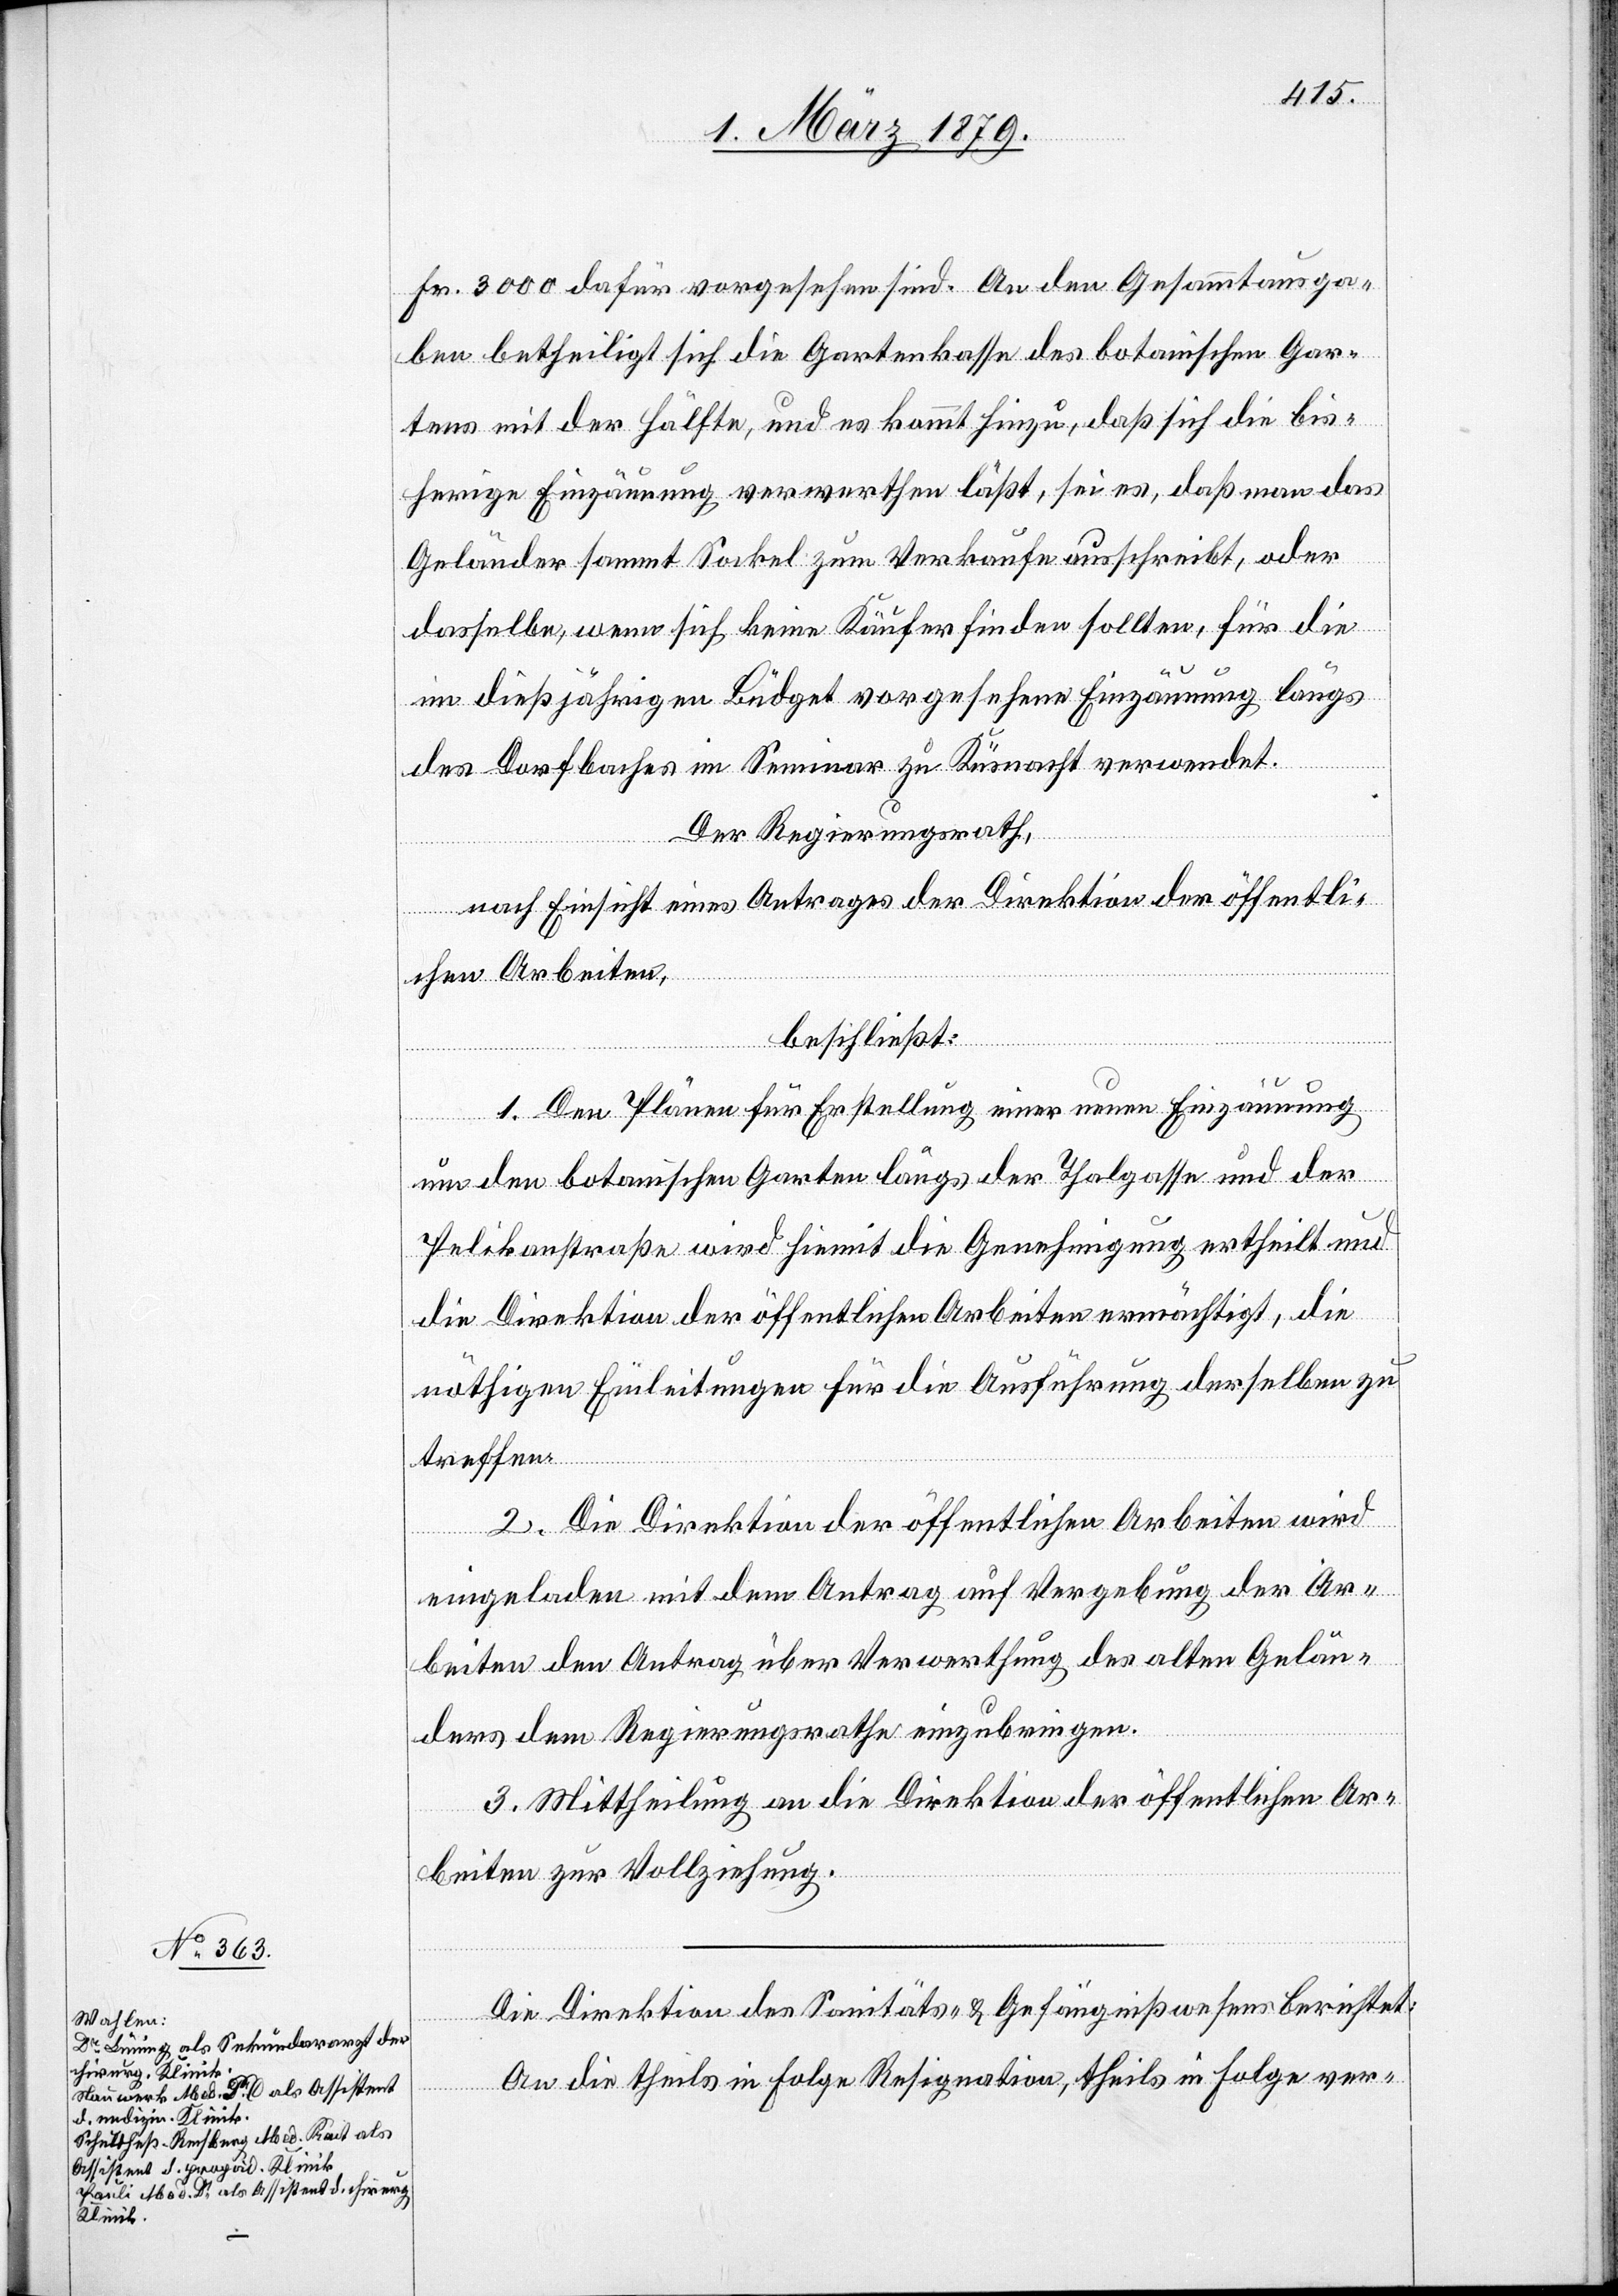
Fr. 3000 dafür vorgesehen sind. An den Gesammtausga¬
ben betheiligt sich die Gartenkasse des botanischen Gar¬
tens mit der Hälfte, und es kommt hinzu, daß sich die bis¬
herige Einzäunung verwerthen läßt, sei es, daß man das
Geländer sammt Sockel zum Verkaufe ausschreibt, oder
dasselbe, wenn sich keine Käufer finden sollten, für die
im dießjährigen Büdget vorgesehene Einzäunung längs
des Dorfbaches im Seminar zu Küsnacht verwendet.
Der Regierungsrath,
nach Einsicht eines Antrages der Direktion der öffentli¬
chen Arbeiten,
beschließt:
1. Den Plänen für Erstellung einer neuen Einzäunung
um den botanischen Garten längs der Thalgasse und der
Pelikanstraße wird hiemit die Genehmigung ertheilt und
die Direktion der öffentlichen Arbeiten ermächtigt, die
nöthigen Einleitungen für die Ausführung derselben zu
treffen.
2. Die Direktion der öffentlichen Arbeiten wird
eingeladen mit dem Antrag der Vergebung der Ar¬
beiten den Antrag über Verwerthung des alten Gelän¬
ders dem Regierungsrathe einzubringen.
3. Mittheilung an die Direktion der öffentlichen Ar¬
beiten zur Vollziehung.
Die Direktion des Sanitäts- & Gefängnißwesens berichtet:
An die theils in Folge Resignation, theils in Folge ver-